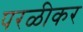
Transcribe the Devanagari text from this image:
परळीकर